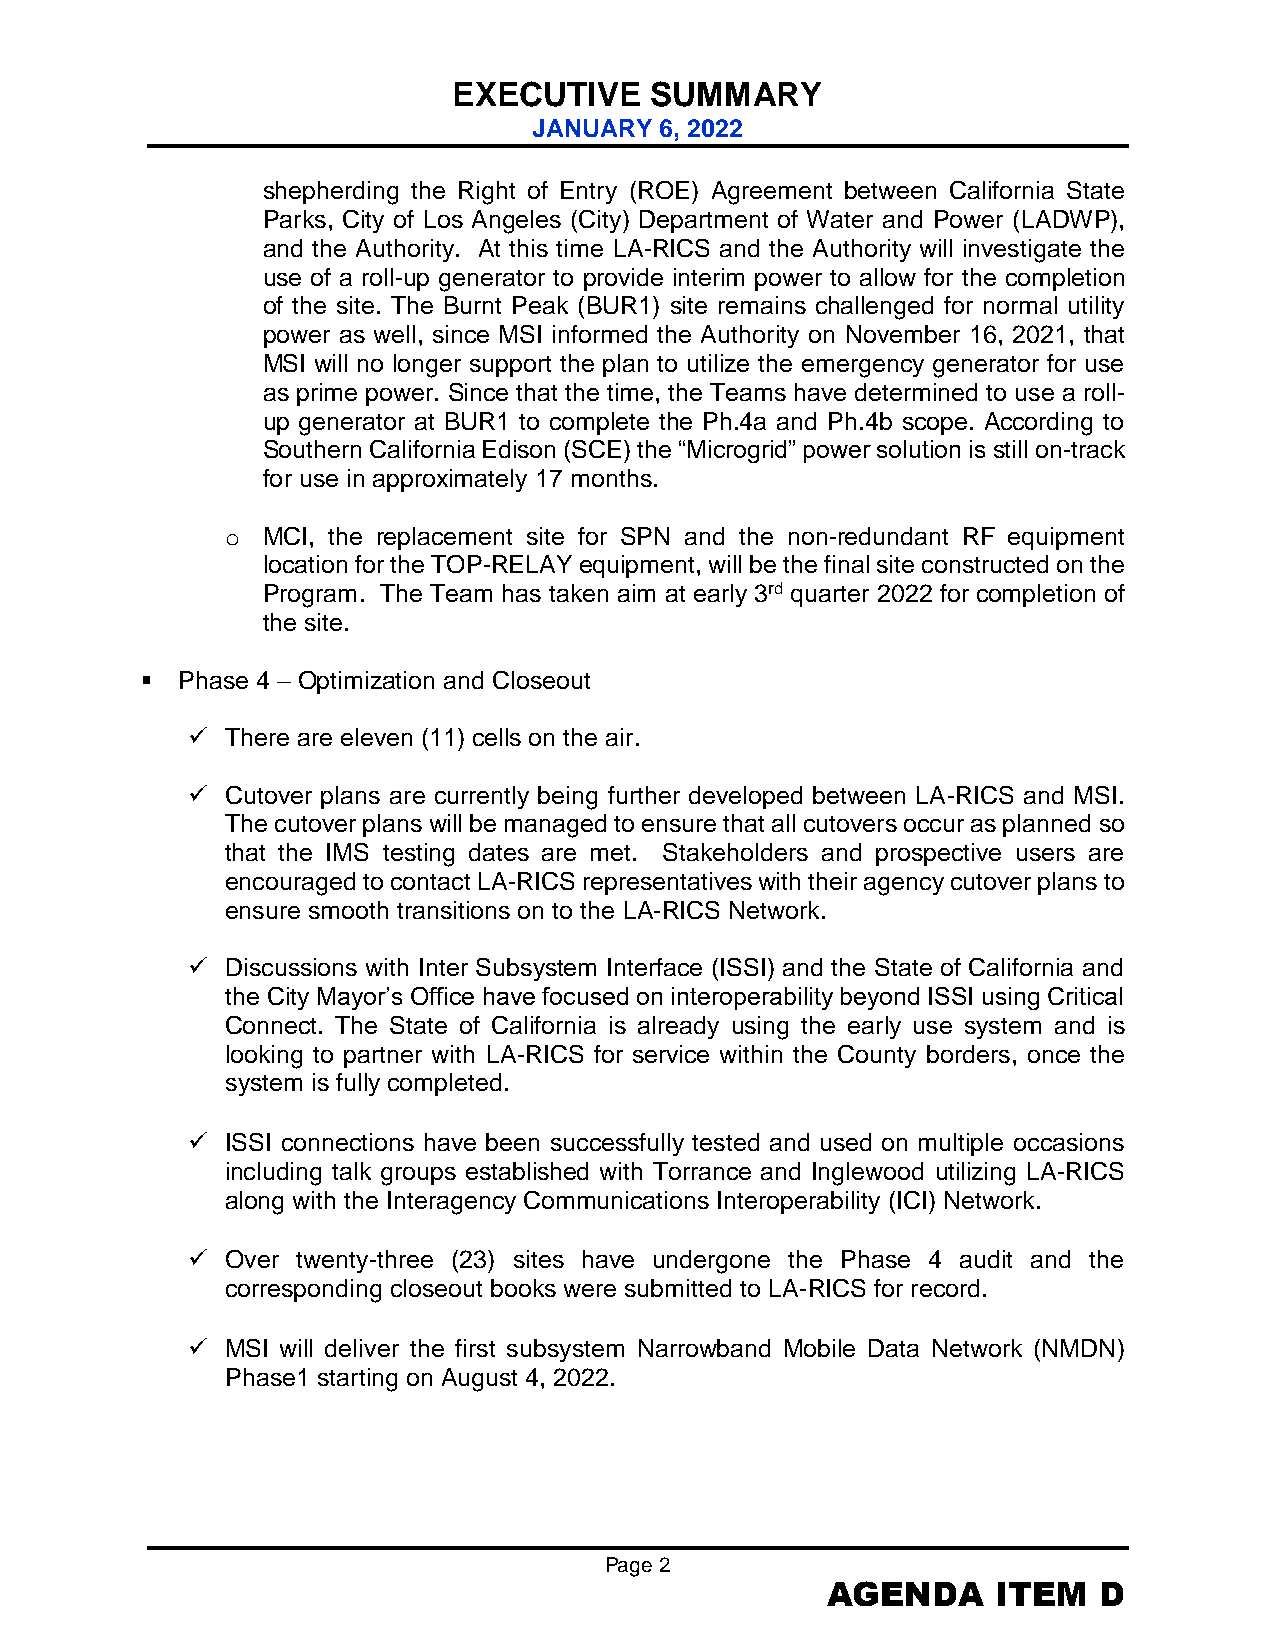
EXECUTIVE    SUMMARY
 JANUARY  6, 2022
 shepherding the Right of Entry (ROE) Agreement between California State
 Parks, City of Los Angeles (City) Department of Water and Power (LADWP),
 and the Authority. At this time LA-RICS and the Authority will investigate the
 use of a roll-up generator to provide interim power to allow for the completion
 of the site. The Burnt Peak (BUR1) site remains challenged for normal utility
 power as well, since MSI informed the Authority on November 16, 2021, that
 MSI will no longer support the plan to utilize the emergency generator for use
 as prime power. Since that the time, the Teams have determined to use a roll-
 up generator at BUR1 to complete the Ph.4a and Ph.4b scope. According to
 Southern California Edison (SCE) the “Microgrid” power solution is still on-track
 for use in approximately 17 months.
 o MCI, the replacement site for SPN and the non-redundant RF equipment
 location for the TOP-RELAY equipment, will be the final site constructed on the
 Program. The Team has taken aim at early 3rd quarter 2022 for completion of
 the site.
   Phase 4 – Optimization and Closeout
   There are eleven (11) cells on the air.
   Cutover plans are currently being further developed between LA-RICS and MSI.
 The cutover plans will be managed to ensure that all cutovers occur as planned so
 that the IMS testing dates are met. Stakeholders and prospective users are
 encouraged to contact LA-RICS representatives with their agency cutover plans to
 ensure smooth transitions on to the LA-RICS Network.
   Discussions with Inter Subsystem Interface (ISSI) and the State of California and
 the City Mayor’s Office have focused on interoperability beyond ISSI using Critical
 Connect. The State of California is already using the early use system and is
 looking to partner with LA-RICS for service within the County borders, once the
 system is fully completed.
   ISSI connections have been successfully tested and used on multiple occasions
 including talk groups established with Torrance and Inglewood utilizing LA-RICS
 along with the Interagency Communications Interoperability (ICI) Network.
   Over twenty-three (23) sites have undergone the Phase 4 audit and the
 corresponding closeout books were submitted to LA-RICS for record.
   MSI will deliver the first subsystem Narrowband Mobile Data Network (NMDN)
 Phase1 starting on August 4, 2022.
 Page 2
 AGENDA     ITEM   D